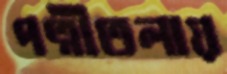
পত্নীতলায়